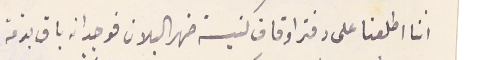
اننا اطلعنا على دفتر اوقاف كنيسة ضهر البلان فوجد انه باق بذمة